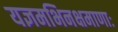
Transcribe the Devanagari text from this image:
यज्ञमभिनक्षमाणाः